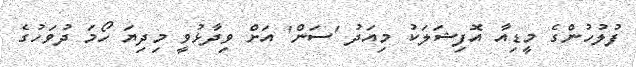
ފުލުހުންގެ މީޑިއާ އޮފިޝަލަކު މިއަދު 'ސަން' އަށް ވިދާޅުވީ މިދިޔަ ހޯމަ ދުވަހުގެ